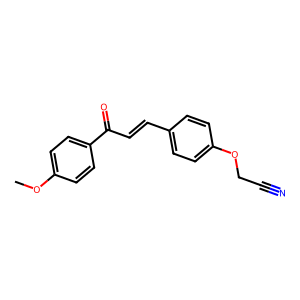
SMILES: COc1ccc(C(=O)C=Cc2ccc(OCC#N)cc2)cc1
Inhibits HIV replication: No